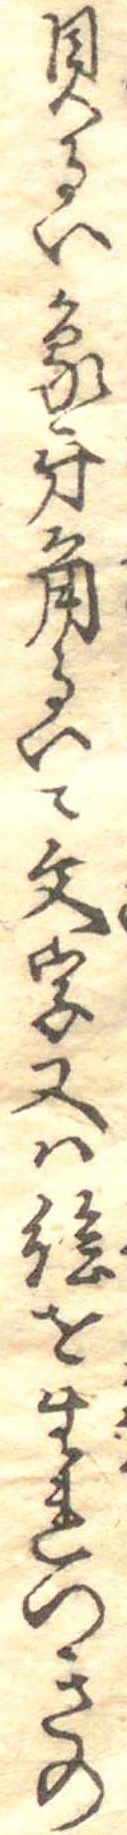
貝るい象牙角るいに文字又は絵をいれつきの